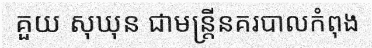
គួយ សុឃុន ជាមន្ត្រីនគរបាលកំពុង